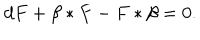
d F + \beta * F - F * \beta = 0 .